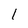
Character: l